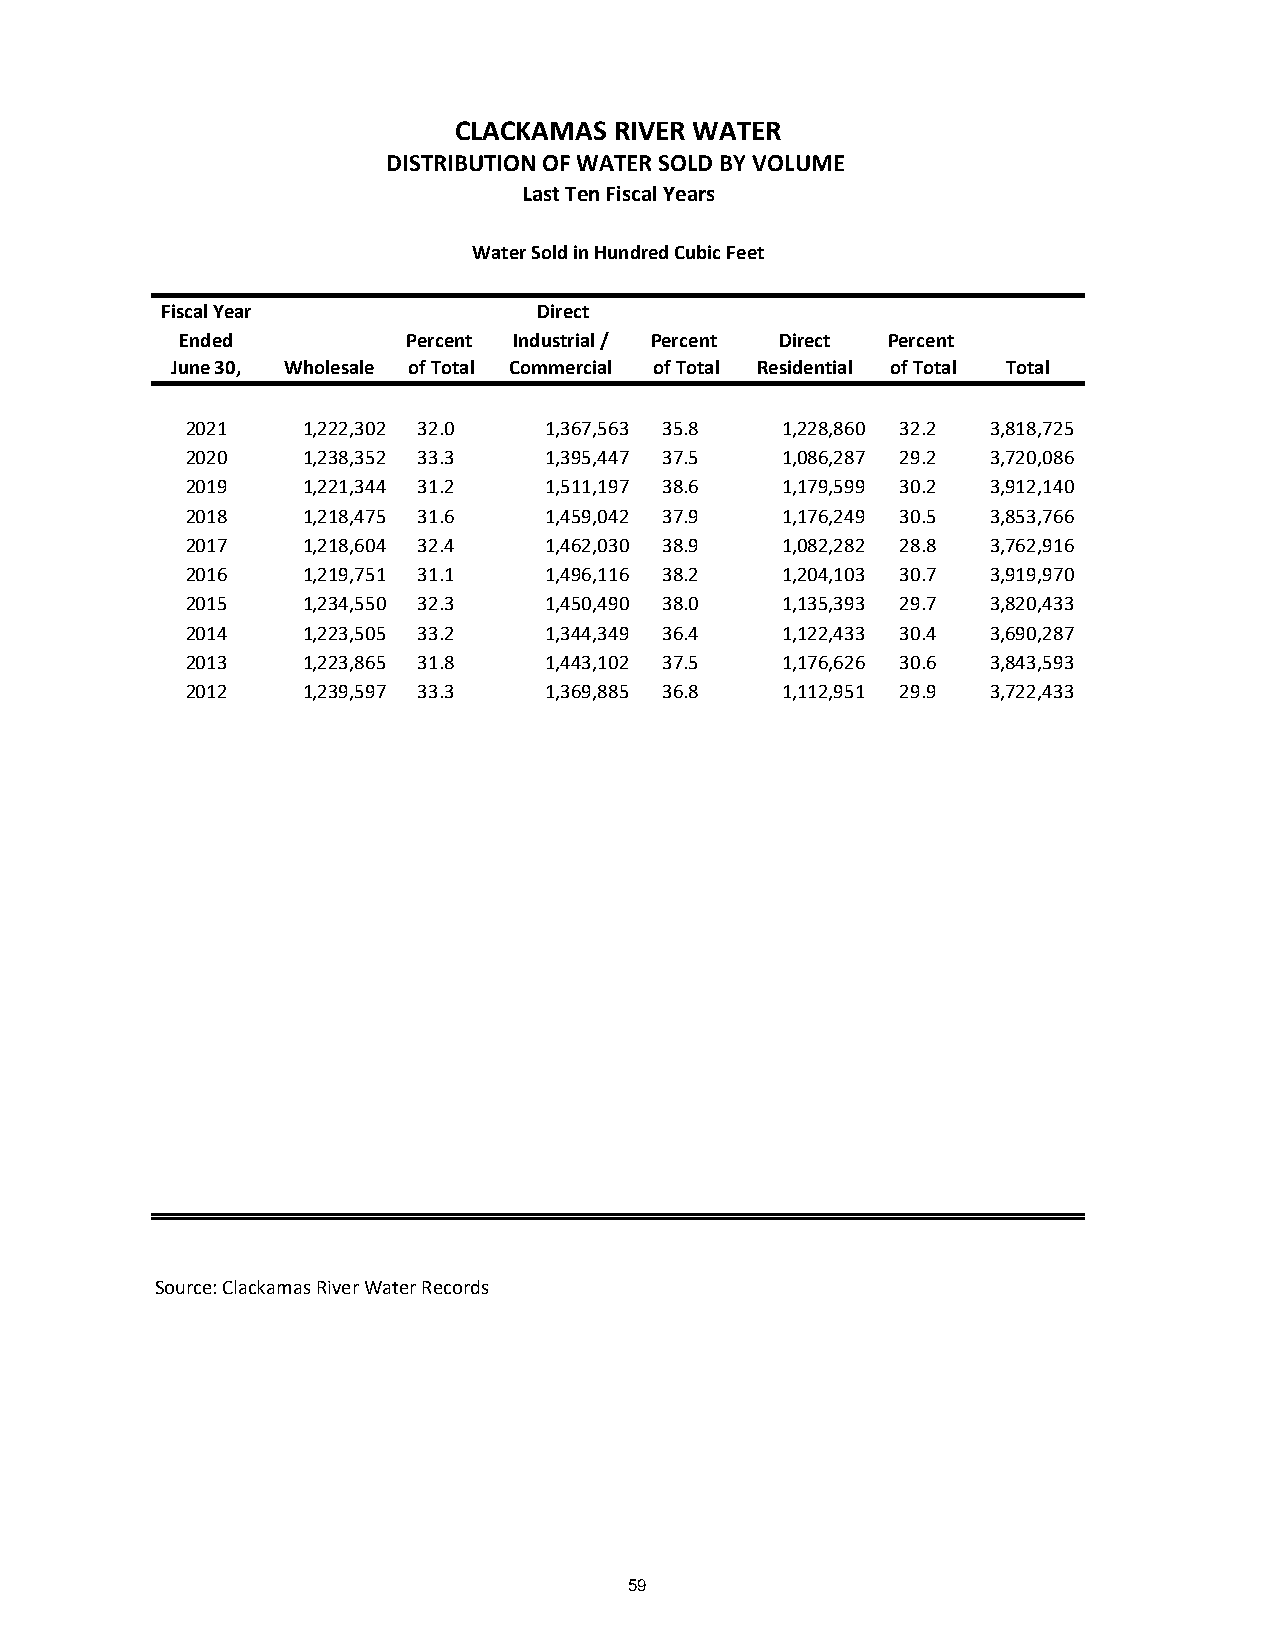
CLACKAMAS  RIVER WATER
 DISTRIBUTION OF WATER SOLD BY VOLUME
 Last Ten Fiscal Years
 Water Sold in Hundred Cubic Feet
 Fiscal Year              Direct
 Ended          Percent Industrial / Percent Direct Percent
 June 30, Wholesale of Total Commercial of Total Residential of Total Total
 2021    1 ,222,302 32.0 1,367,563 35.8  1,228,860 32.2 3,818,725
 2020    1 ,238,352 33.3 1,395,447 37.5  1,086,287 29.2 3,720,086
 2019    1 ,221,344 31.2 1,511,197 38.6  1,179,599 30.2 3,912,140
 2018    1 ,218,475 31.6 1,459,042 37.9  1,176,249 30.5 3,853,766
 2017    1 ,218,604 32.4 1,462,030 38.9  1,082,282 28.8 3,762,916
 2016    1 ,219,751 31.1 1,496,116 38.2  1,204,103 30.7 3,919,970
 2015    1 ,234,550 32.3 1,450,490 38.0  1,135,393 29.7 3,820,433
 2014    1 ,223,505 33.2 1,344,349 36.4  1,122,433 30.4 3,690,287
 2013    1 ,223,865 31.8 1,443,102 37.5  1,176,626 30.6 3,843,593
 2012    1 ,239,597 33.3 1,369,885 36.8  1,112,951 29.9 3,722,433
 Source: Clackamas River Water Records
 59